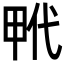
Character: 𤱢